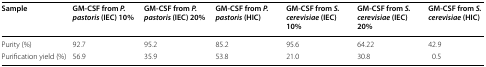
| Sample | GM-CSF from P. pastoris (IEC) 10% | GM-CSF from P. pastoris (IEC) 20% | GM-CSF from P. pastoris (HIC) | GM-CSF from S. cerevisiae (IEC) 10% | GM-CSF from S. cerevisiae (IEC) 20% | GM-CSF from S. cerevisiae (HIC) |
 | --- | --- | --- | --- | --- | --- | --- |
 | Purity (%) | 92.7 | 95.2 | 85.2 | 95.6 | 64.22 | 42.9 |
 | Purification yield (%) | 56.9 | 35.9 | 53.8 | 21.0 | 30.8 | 0.5 |